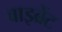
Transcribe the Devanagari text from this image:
वाइब्रेंट